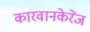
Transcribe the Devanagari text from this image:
कारवानकेरेंज